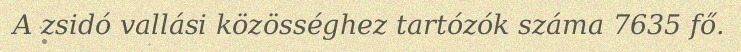
A zsidó vallási közösséghez tartózók száma 7635 fő.